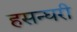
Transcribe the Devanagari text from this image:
हसन्घरी